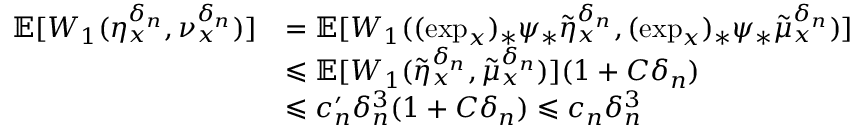
\begin{array} { r l } { \mathbb E [ W _ { 1 } ( \eta _ { x } ^ { \delta _ { n } } , \nu _ { x } ^ { \delta _ { n } } ) ] } & { = \mathbb E [ W _ { 1 } ( ( \exp _ { x } ) _ { * } \psi _ { * } \tilde { \eta } _ { x } ^ { \delta _ { n } } , ( \exp _ { x } ) _ { * } \psi _ { * } \tilde { \mu } _ { x } ^ { \delta _ { n } } ) ] } \\ & { \leqslant \mathbb E [ W _ { 1 } ( \tilde { \eta } _ { x } ^ { \delta _ { n } } , \tilde { \mu } _ { x } ^ { \delta _ { n } } ) ] ( 1 + C \delta _ { n } ) } \\ & { \leqslant c _ { n } ^ { \prime } \delta _ { n } ^ { 3 } ( 1 + C \delta _ { n } ) \leqslant c _ { n } \delta _ { n } ^ { 3 } } \end{array}